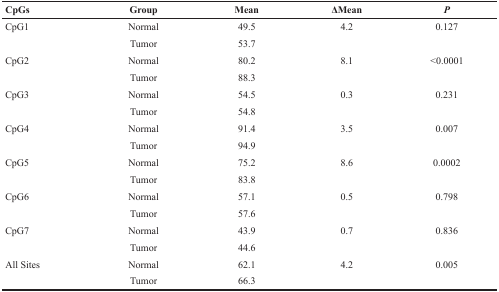
<table><thead><tr><td><b>CpGs</b></td><td><b>Group</b></td><td><b>Mean</b></td><td><b>ΔMean</b></td><td><b><i>P</i></b></td></tr></thead><tbody><tr><td>CpG1</td><td>Normal</td><td>49.5</td><td>4.2</td><td>0.127</td></tr><tr><td></td><td>Tumor</td><td>53.7</td><td></td><td></td></tr><tr><td>CpG2</td><td>Normal</td><td>80.2</td><td>8.1</td><td>&lt;0.0001</td></tr><tr><td></td><td>Tumor</td><td>88.3</td><td></td><td></td></tr><tr><td>CpG3</td><td>Normal</td><td>54.5</td><td>0.3</td><td>0.231</td></tr><tr><td></td><td>Tumor</td><td>54.8</td><td></td><td></td></tr><tr><td>CpG4</td><td>Normal</td><td>91.4</td><td>3.5</td><td>0.007</td></tr><tr><td></td><td>Tumor</td><td>94.9</td><td></td><td></td></tr><tr><td>CpG5</td><td>Normal</td><td>75.2</td><td>8.6</td><td>0.0002</td></tr><tr><td></td><td>Tumor</td><td>83.8</td><td></td><td></td></tr><tr><td>CpG6</td><td>Normal</td><td>57.1</td><td>0.5</td><td>0.798</td></tr><tr><td></td><td>Tumor</td><td>57.6</td><td></td><td></td></tr><tr><td>CpG7</td><td>Normal</td><td>43.9</td><td>0.7</td><td>0.836</td></tr><tr><td></td><td>Tumor</td><td>44.6</td><td></td><td></td></tr><tr><td>All Sites</td><td>Normal</td><td>62.1</td><td>4.2</td><td>0.005</td></tr><tr><td></td><td>Tumor</td><td>66.3</td><td></td><td></td></tr></tbody></table>